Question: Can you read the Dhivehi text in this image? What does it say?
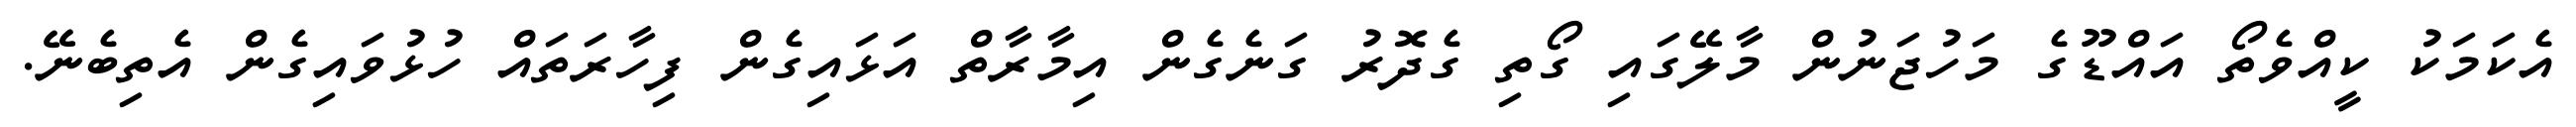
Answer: އެކަމަކު ކީއްވެތޯ އައްޑޫގެ މަހުޖަނުން މާލޭގައި ގޯތި ގެދޮރު ގަނެގެން އިމާރާތް އަޅައިގެން ފިހާރަތައް ހުޅުވައިގެން އެތިބެނޭ.